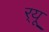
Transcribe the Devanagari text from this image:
र्‌यू